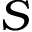
S